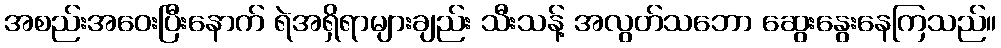
အစည်းအဝေးပြီးနောက် ရဲအရှိရာများချည်း သီးသန့် အလွတ်သဘော ဆွေးနွေးနေကြသည်။